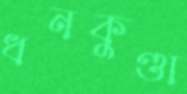
ধনকুণ্ডা